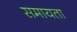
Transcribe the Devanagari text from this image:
समायता